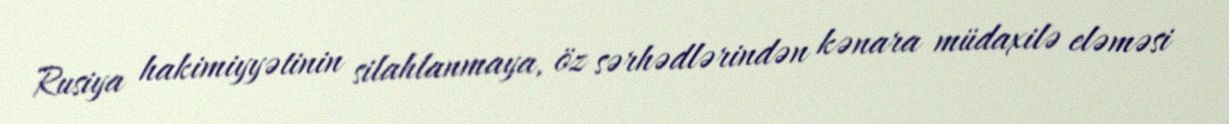
Rusiya hakimiyyətinin silahlanmaya, öz sərhədlərindən kənara müdaxilə eləməsi